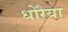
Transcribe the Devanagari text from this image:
धोरैया